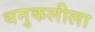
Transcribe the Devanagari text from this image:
धनुकलीला